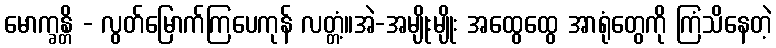
မောက္ခန္တိ - လွတ်မြောက်ကြပေကုန် လတ္တံ့။အဲ-အမျိုးမျိုး အထွေထွေ အာရုံတွေကို ကြံသိနေတဲ့